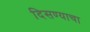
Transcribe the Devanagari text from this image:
दिसण्याचा